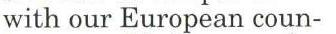
with our European coun-